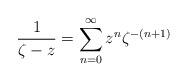
LaTeX: \begin{align*}\frac{1}{\zeta-z}=\sum_{n=0}^{\infty}z^n\zeta^{-(n+1)}\end{align*}